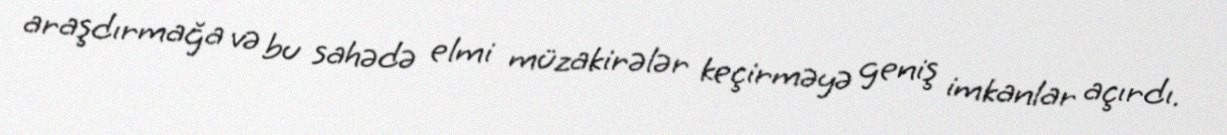
araşdırmağa və bu sahədə elmi müzakirələr keçirməyə geniş imkanlar açırdı.